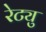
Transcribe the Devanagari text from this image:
रेट्यु